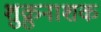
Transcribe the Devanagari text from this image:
शुक्रुनाशक